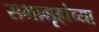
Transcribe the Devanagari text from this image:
सभागृहांच्या